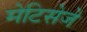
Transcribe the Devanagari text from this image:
मेटिसेजे